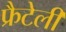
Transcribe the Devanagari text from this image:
फ्रैटेली